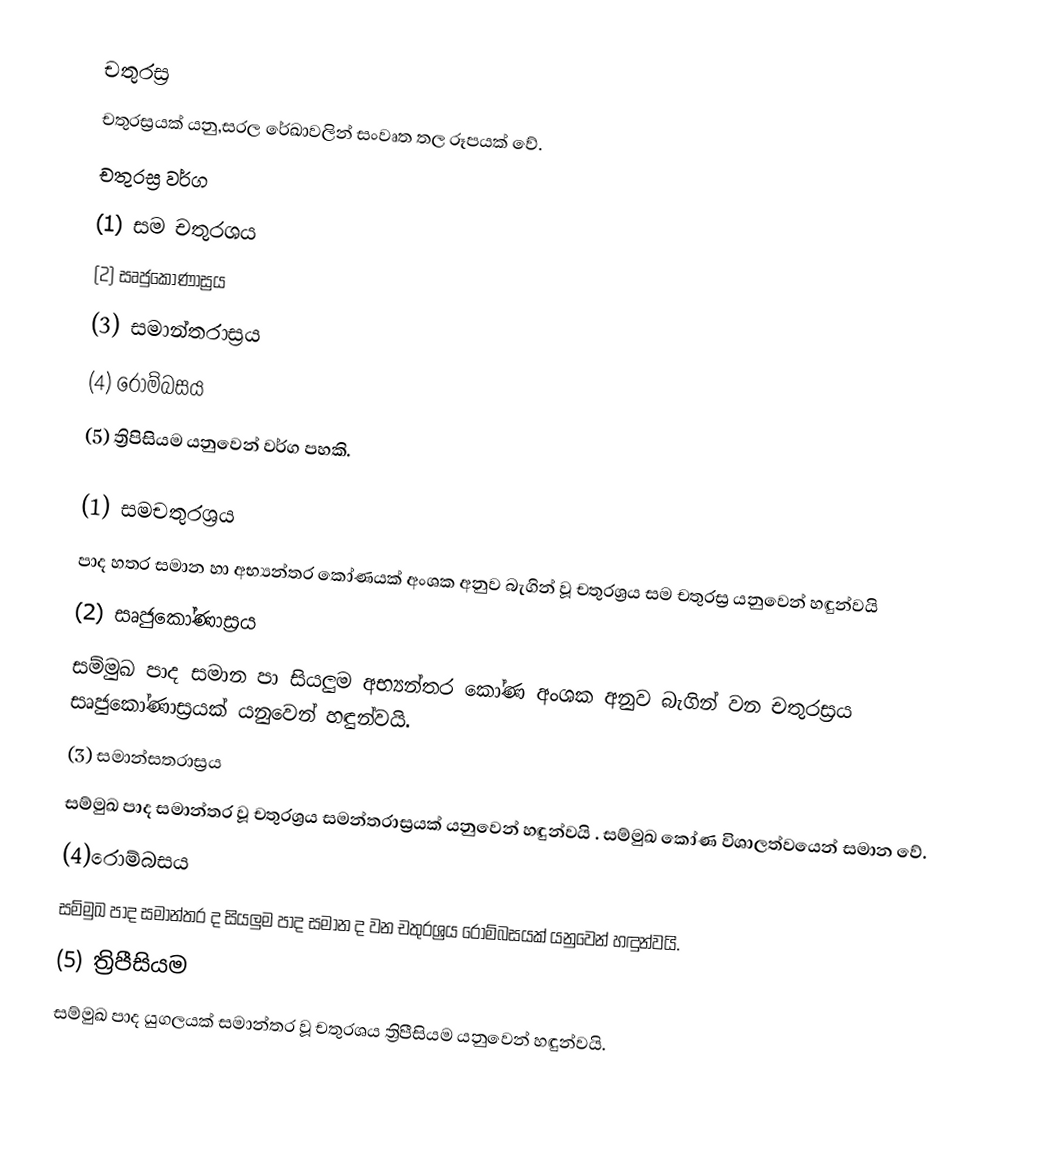
චතුරස්‍ර
චතුරස්‍රයක් යනු,සරල රේඛාවලින් සංවෘත තල රූපයක් වේ.
චතුරස්‍ර වර්ග
(1) සම චතුරශය
(2) සෘජුකෝණාස්‍රය
(3)  සමාන්තරාස්‍රය
(4) රොම්බසය
(5)  ත්‍රිපිසියම   යනුවෙන් වර්ග පහකි.

(1) සමචතුරශ්‍රය
පාද හතර සමාන හා අභ්‍යන්තර කෝණයක් අංශක අනුව බැගින් වූ චතුරශ්‍රය සම චතුරස්‍ර යනුවෙන් හඳුන්වයි
(2) සෘජුකෝණාස්‍රය
සම්මුඛ පාද සමාන පා සියලුම අභ්‍යන්තර කෝණ අංශක අනුව බැගින් වන චතුරස්‍රය සෘජුකෝණාස්‍රයක් යනුවෙන් හඳුන්වයි.
(3) සමාන්සතරාස්‍රය
සම්මුඛ පාද සමාන්තර වූ චතුරශ්‍රය සමන්තරාස්‍රයක් යනුවෙන් හඳුන්වයි . සම්මුඛ කෝණ විශාලත්වයෙන් සමාන වේ.
(4)රොම්බසය
සම්මුඛ පාද සමාන්තර ද සියලුම පාද සමාන ද වන චතුරශ්‍රය රොම්බසයක් යනුවෙන් හඳුන්වයි.
(5) ත්‍රිපීසියම
සම්මුඛ පාද යුගලයක් සමාන්තර වූ චතුරශය ත්‍රිපීසියම යනුවෙන් හඳුන්වයි.